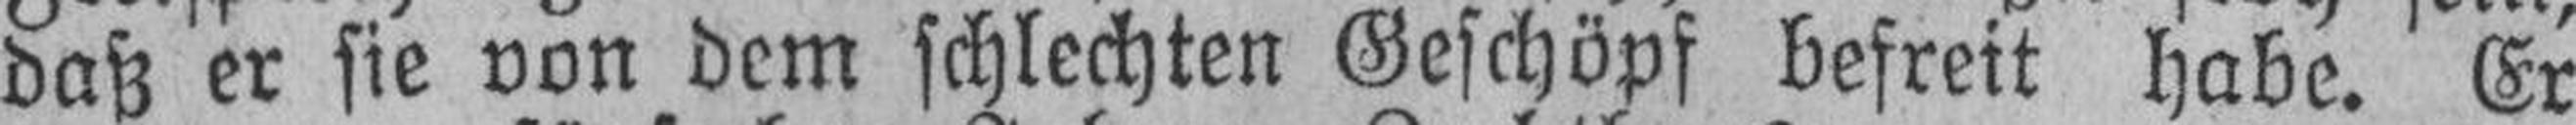
daß er sie von dem schlechten Geschöpf befreit habe. Er